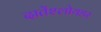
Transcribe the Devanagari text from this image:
दातेंश्लोयडर